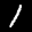
Label: 1